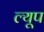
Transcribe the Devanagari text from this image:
ल्यूप